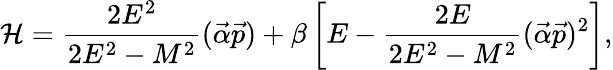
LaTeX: {\cal H}=\frac{2E^{2}}{2E^{2}-M^{2}}(\vec{\alpha}\vec{p})+\beta\left[E-\frac{2E}{2E^{2}-M^{2}}(\vec{\alpha}\vec{p})^{2}\right],